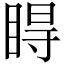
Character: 𥇹